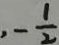
- \frac { 1 } { 2 }